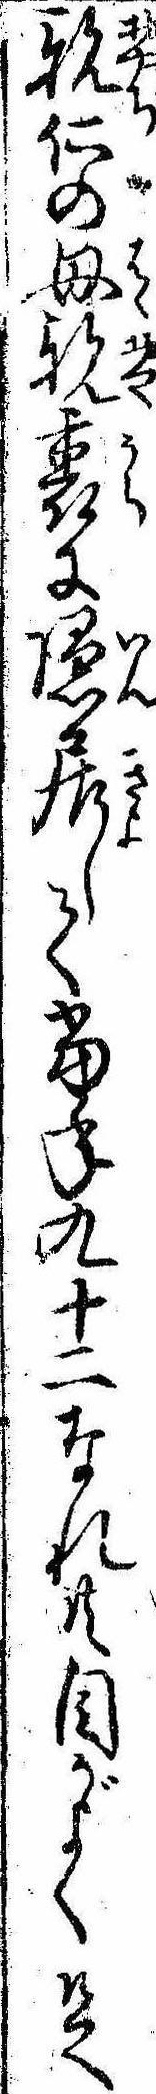
親仁の母親裏に隠居して当年九十二なれ共目がよく足